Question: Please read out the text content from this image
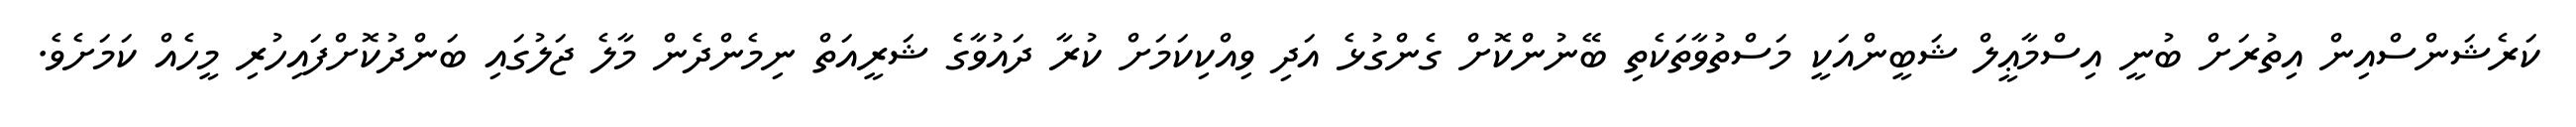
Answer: ކަރެޝަންސްއިން އިތުރަށް ބުނީ އިސްމާޢީލް ޝަބީންއަކީ މަސްތުވާތަކެތި ބޭނުންކޮށް ގެންގުޅެ އަދި ވިއްކިކަމަށް ކުރާ ދައުވާގެ ޝަރީއަތް ނިމެންދެން މާލެ ޖަލުގައި ބަންދުކޮށްފައިހުރި މީހެއް ކަމަށެވެ.